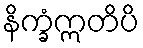
နိက္ခံဣတိပိ